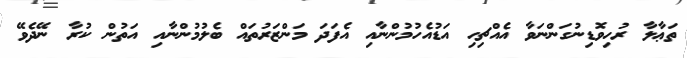
ތަޢާލާ ރުހިވޮޑިނުގަންނަވާ އެއްޗިހި އަޑުއެހުމުންނާއި އެފަދަ މަންޒަރުތައް ބެލުމުންނާއި އަތުން ކުރާ ނޭދެވޭ